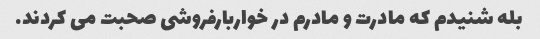
بله شنیدم که مادرت و مادرم در خواربارفروشی صحبت می کردند.